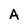
Character: A